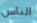
الناس